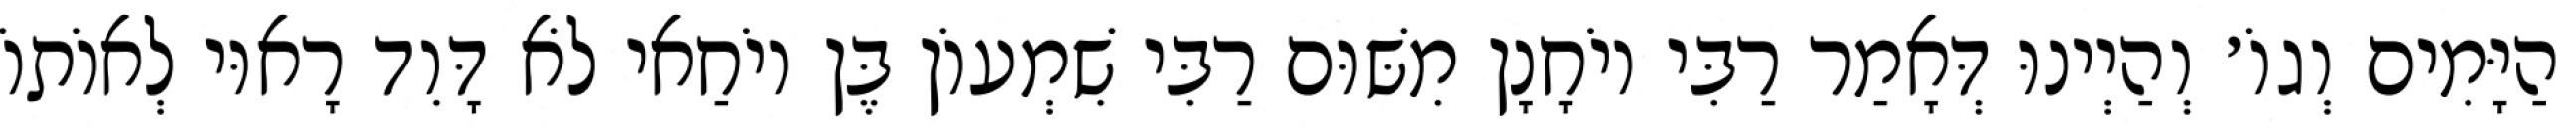
הַיָּמִים וְגוֹ׳ וְהַיְינוּ דְּאָמַר רַבִּי יוֹחָנָן מִשּׁוּם רַבִּי שִׁמְעוֹן בֶּן יוֹחַאי לֹא דָּוִד רָאוּי לְאוֹתוֹ